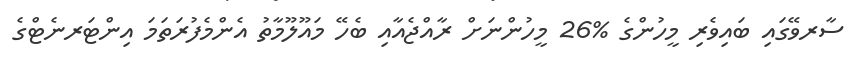
ސާރވޭގައި ބައިވެރި މީހުންގެ %26 މީހުންނަށް ރާއްޖެއާއި ބެހޭ މައޫލޫމާތު އެންމެފުރަތަމަ އިންޓަރނެޓްގެ